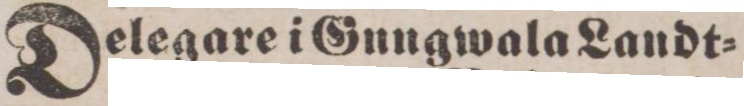
Delegare i Gungwala Landt=